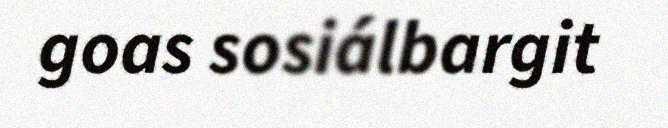
goas sosiálbargit